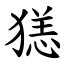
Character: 㺊